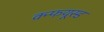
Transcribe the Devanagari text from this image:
क्न्फयूस्ड